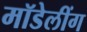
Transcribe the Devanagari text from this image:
मॉडेलींग